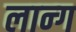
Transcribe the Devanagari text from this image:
लान्ग